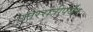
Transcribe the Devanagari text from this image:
उत्तररात्रीपर्यंत